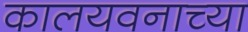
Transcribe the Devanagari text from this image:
कालयवनाच्या